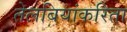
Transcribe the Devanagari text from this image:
तेलबियांकरिता